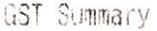
GST SUMMARY